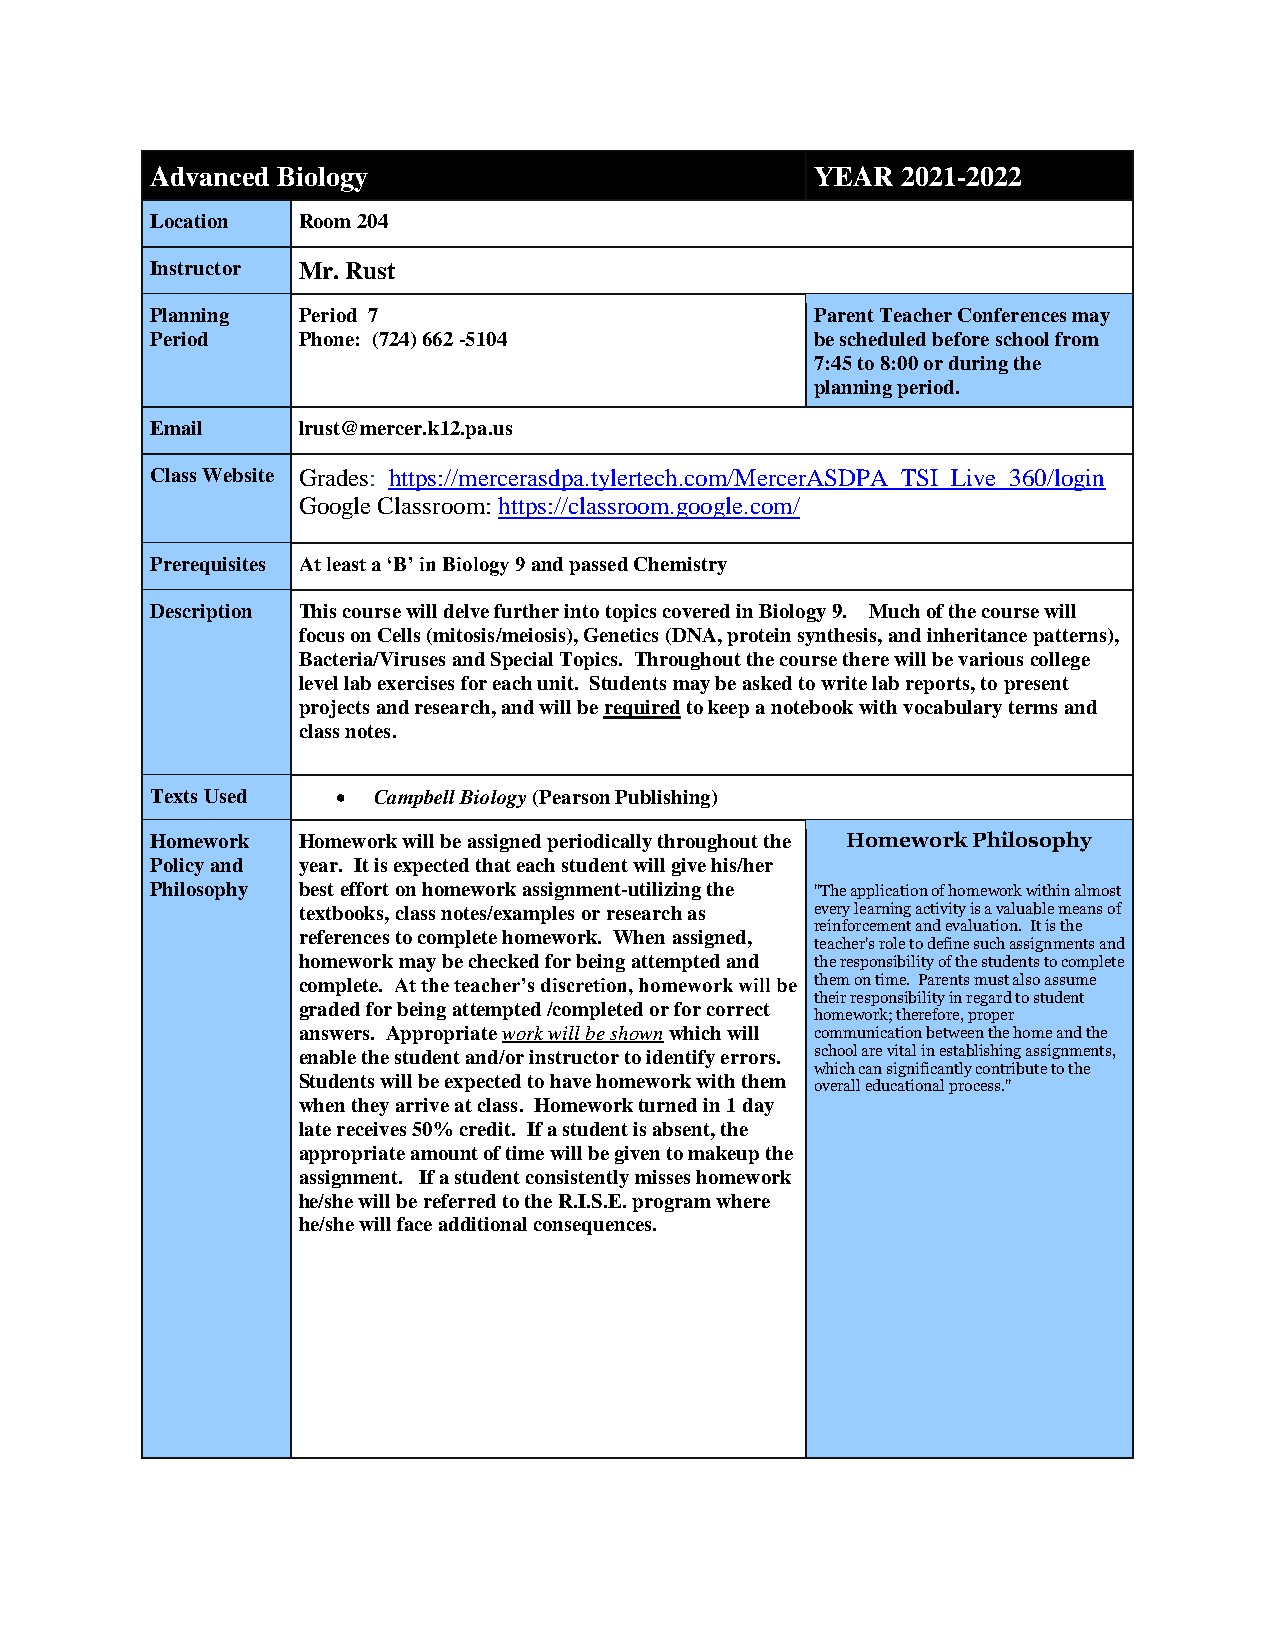
Advanced Biology                            YEAR  2021-2022
 Location  Room 204
 Instructor Mr. Rust
 Planning  Period 7                          Parent Teacher Conferences may
 Period    Phone: (724) 662 -5104            be scheduled before school from
 7:45 to 8:00 or during the
 planning period.
 Email     lrust@mercer.k12.pa.us
 Class Website Grades: https://mercerasdpa.tylertech.com/MercerASDPA_TSI_Live_360/login
 Google Classroom: https://classroom.google.com/
 Prerequisites At least a ‘B’ in Biology 9 and passed Chemistry
 Description This course will delve further into topics covered in Biology 9. Much of the course will
 focus on Cells (mitosis/meiosis), Genetics (DNA, protein synthesis, and inheritance patterns),
 Bacteria/Viruses and Special Topics. Throughout the course there will be various college
 level lab exercises for each unit. Students may be asked to write lab reports, to present
 projects and research, and will be required to keep a notebook with vocabulary terms and
 class notes.
 Texts Used    Campbell Biology (Pearson Publishing)
 Homework  Homework will be assigned periodically throughout the Homework Philosophy
 Policy and year. It is expected that each student will give his/her
 Philosophy best effort on homework assignment-utilizing the "The application of homework within almost
 textbooks, class notes/examples or research as every learning activity is a valuable means of
 reinforcement and evaluation. It is the
 references to complete homework. When assigned,
 teacher's role to define such assignments and
 homework may be checked for being attempted and the responsibility of the students to complete
 complete. At the teacher’s discretion, homework will be them on time. Parents must also assume
 their responsibility in regard to student
 graded for being attempted /completed or for correct
 homework; therefore, proper
 answers. Appropriate work will be shown which will communication between the home and the
 enable the student and/or instructor to identify errors. school are vital in establishing assignments,
 which can significantly contribute to the
 Students will be expected to have homework with them
 overall educational process."
 when they arrive at class. Homework turned in 1 day
 late receives 50% credit. If a student is absent, the
 appropriate amount of time will be given to makeup the
 assignment. If a student consistently misses homework
 he/she will be referred to the R.I.S.E. program where
 he/she will face additional consequences.